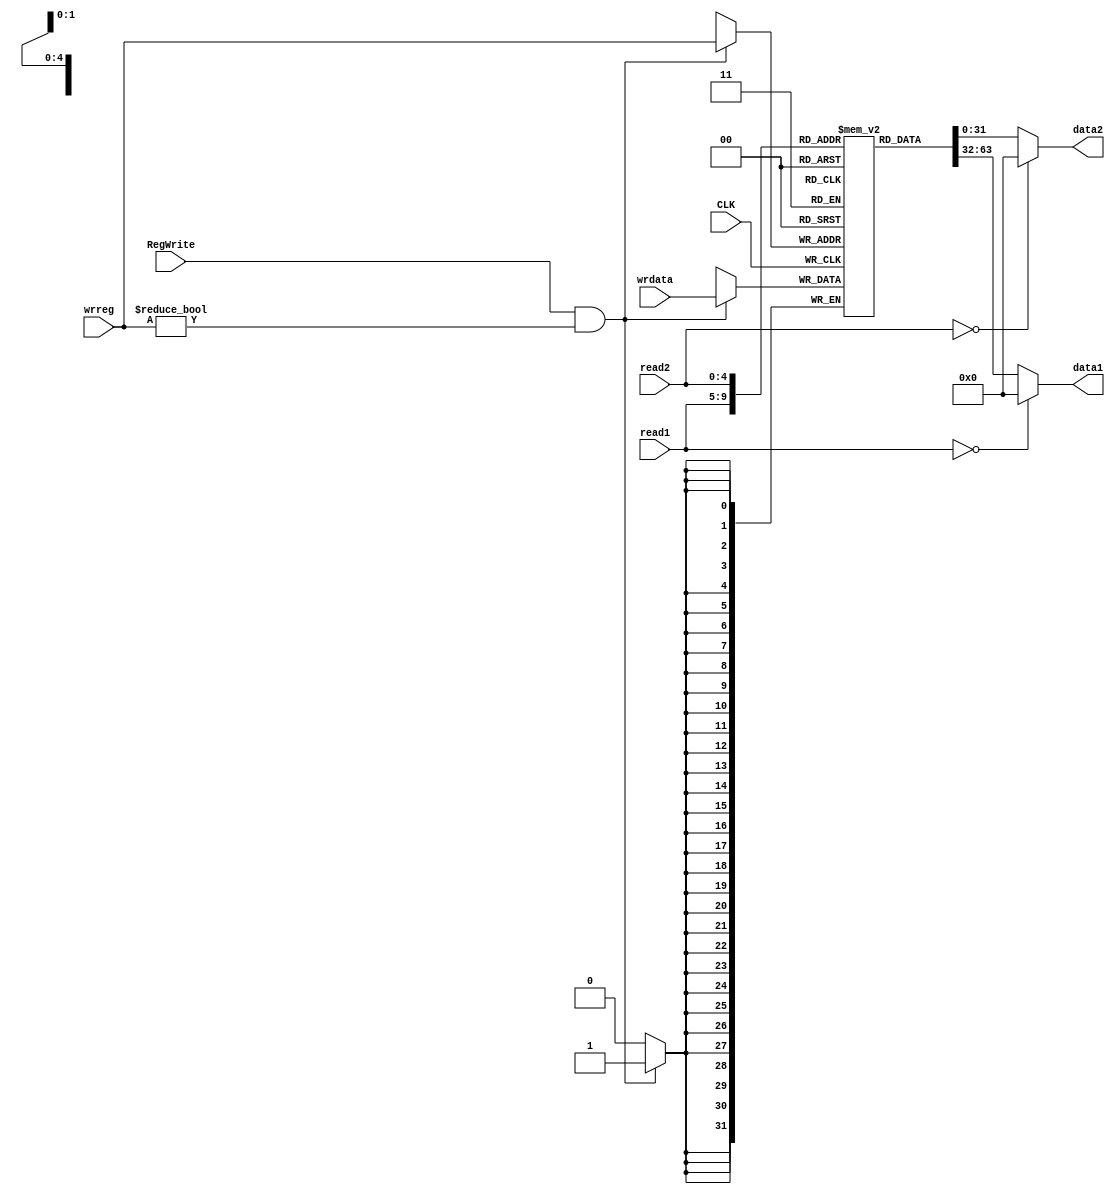
// `define DEBUG_CPU_REG 0
module Register(
		input wire CLK,
		input wire RegWrite, // control signal
		input wire [4:0] read1, read2,
		input wire [4:0] wrreg,
		input wire [31:0] wrdata,
		output reg [31:0] data1, data2 );

reg [31:0] mem [0:31];  // 32-bit memory with 32 entries

initial 
begin
	// $display("$v0, $v1, $t0, $t1, $t2, $t3, $t4, $t5, $t6, $t7");
	//$monitor("%b, %b, %b, %b, %b, %b, %b, %b, %b, %b",
		//mem[0][31:0],		/* $zero */
		//mem[16][31:0],	/* $s0 */
		//mem[17][31:0],	/* $s1 */
		//mem[18][31:0],	/* $s2 */
		//mem[19][31:0],	/* $s3 */
		//mem[20][31:0],	/* $s4 */
		//mem[21][31:0],	/* $s5 */
		//mem[22][31:0],	/* $s6 */
		//mem[23][31:0]		/* $s7 */
		//);
	mem[0] = 32'd0; // $zero = 0;
end

always @(*) 
begin
	if (read1 == 5'd0) // $zero
		data1 = 32'd0;
	//else if ((read1 == wrreg) && RegWrite)
	//	data1 = wrdata;
	else
		data1 = mem[read1][31:0];
end

always @(*)
begin
	if (read2 == 5'd0) // $zero
		data2 = 32'd0;
	//else if ((read2 == wrreg) && RegWrite)
	//	data2 = wrdata;
	else
		data2 = mem[read2][31:0];
end

always @(posedge CLK) 
begin
	if (RegWrite && wrreg != 5'd0) // $zero can not be changed.
	begin
		// write a non $zero register
		mem[wrreg] <= wrdata;
	end
end
endmodule